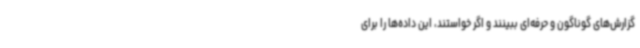
گزارش‌های گوناگون و حرفه‌ای ببینند و اگر خواستند، این داده‌ها را برای